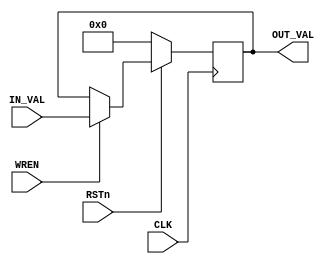
module CONTROLREG(

		input CLK,
		input WREN,
		input [31:0] IN_VAL,
        input RSTn,

		output [31:0] OUT_VAL
 
		);

		reg[31:0] _VAL;

		assign OUT_VAL = _VAL;

		initial begin
			_VAL = 0;
		end

		always@ (posedge CLK) begin
            if (~RSTn) _VAL = 0;
            else begin
                if (WREN)
                    _VAL = IN_VAL;
            end
		end
endmodule

module REG(

		input CLK,
		input [31:0] IN_VAL,

		output [31:0] OUT_VAL

		);

		reg[31:0] _VAL;

		assign OUT_VAL = _VAL;

		initial _VAL = 0;

		always@ (posedge CLK) begin
			_VAL = IN_VAL;
		end
endmodule
				
module BIT5REG(

		input CLK,
		input [4:0] IN_VAL,

		output [4:0] OUT_VAL

		);

		reg[4:0] _VAL;

		assign OUT_VAL = _VAL;

		initial _VAL = 0;

		always@ (posedge CLK) begin
			_VAL = IN_VAL;
		end
endmodule

module BIT1REG(

		input CLK,
		input IN_VAL,

		output OUT_VAL

		);

		reg _VAL;

		assign OUT_VAL = _VAL;

		initial _VAL = 0;

		always@ (posedge CLK) begin
			_VAL = IN_VAL;
		end
endmodule